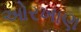
ઓરખાણ